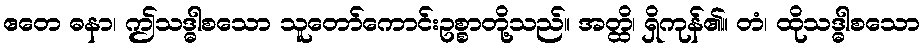
ဧတေ ဓနာ၊ ဤသဒ္ဓါစသော သူတော်ကောင်းဥစ္စာတို့သည်။ အတ္ထိ၊ ရှိကုန်၏။ တံ၊ ထိုသဒ္ဓါစသော